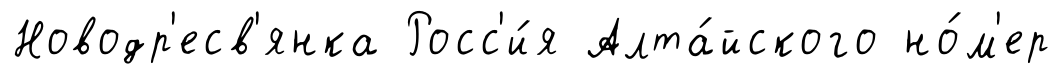
Новодр'есв'янка Росс'и́я Алта́йского но́м'ер